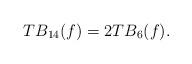
LaTeX: \begin{align*}TB_{14}(f)=2TB_{6}(f).\end{align*}